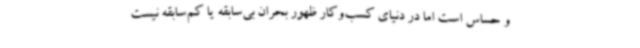
و حساس است اما در دنیای کسب‌وکار ظهور بحران بی‌سابقه یا کم‌سابقه نیست